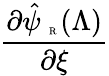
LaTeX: \frac{\partial\hat{\psi}_{\mathrm{~\tiny~R~}}(\Lambda)}{\partial{\xi}}